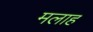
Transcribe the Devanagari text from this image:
मलाह